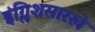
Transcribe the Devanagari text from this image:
इंग्लिशसारखे